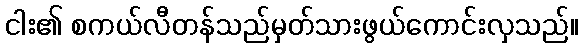
ငါး၏ စကယ်လီတန်သည်မှတ်သားဖွယ်ကောင်းလှသည်။